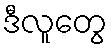
ဒီလူတွေ